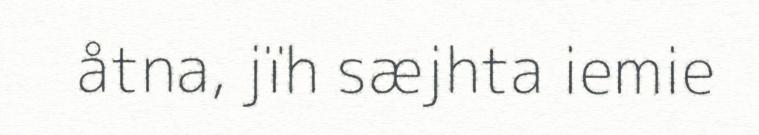
åtna, jïh sæjhta iemie